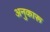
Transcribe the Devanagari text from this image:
अनुकारू